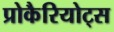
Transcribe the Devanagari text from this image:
प्रोकैरियोट्स